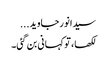
سیدانورجاوید...
لکھا، تو کہانی بن گئی۔